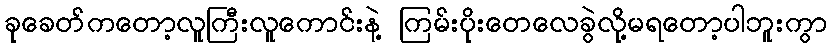
ခုခေတ်ကတော့လူကြီးလူကောင်းနဲ့ ကြမ်းပိုးတေလေခွဲလို့မရတော့ပါဘူးကွာ